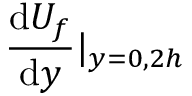
\frac { \mathrm { d } U _ { f } } { \mathrm { d } y } | _ { y = 0 , 2 h }